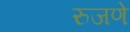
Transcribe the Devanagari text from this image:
रुजणे